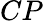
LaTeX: CP